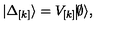
| \Delta _ { \lbrack k \rbrack } \rangle = V _ { \lbrack k \rbrack } \vline \emptyset \rangle ,